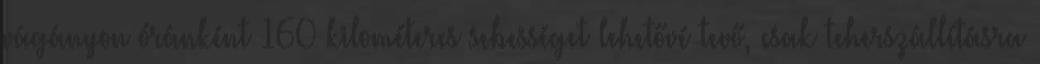
vágányon óránként 160 kilométeres sebességet lehetővé tevő, csak teherszállításra